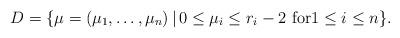
LaTeX: \begin{align*}D=\{\mu=(\mu_1,\ldots,\mu_n)\,|\, \hbox{$0\le \mu_i\le r_i-2$ for$1\le i \le n$}\}.\end{align*}